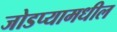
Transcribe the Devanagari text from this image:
जोडप्यामधील